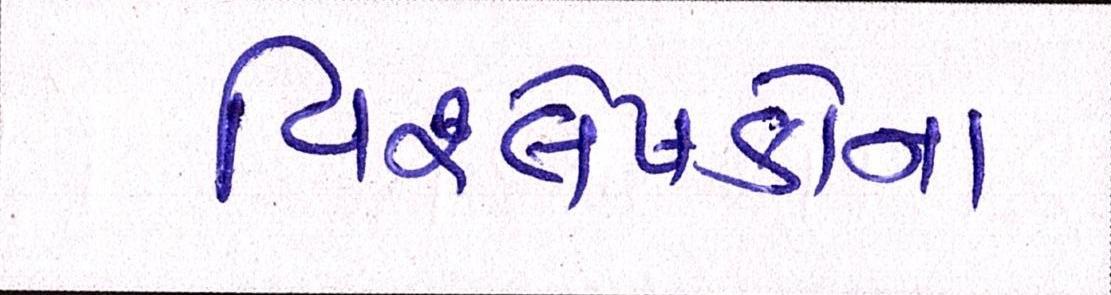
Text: વિશ્લેષકોના